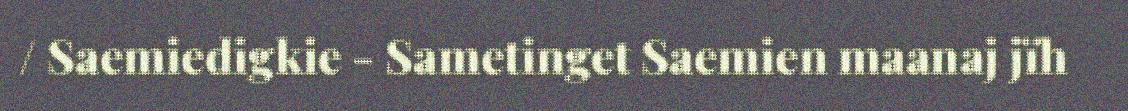
/ Saemiedigkie - Sametinget Saemien maanaj jïh